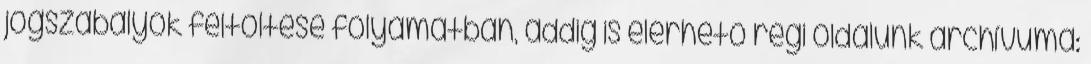
jogszabályok feltöltése folyamatban, addig is elérhető régi oldalunk archívuma: